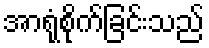
အာရုံစိုက်ခြင်းသည်